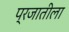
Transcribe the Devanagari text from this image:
प्रजातीला